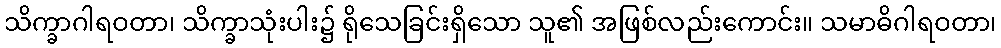
သိက္ခာဂါရဝတာ၊ သိက္ခာသုံးပါး၌ ရိုသေခြင်းရှိသော သူ၏ အဖြစ်လည်းကောင်း။ သမာဓိဂါရဝတာ၊